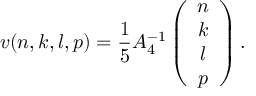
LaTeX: v ( n , k , l , p ) = \frac { 1 } { 5 } A _ { 4 } ^ { - 1 } \left( \begin{array} { c } { { n } } \\ { { k } } \\ { { l } } \\ { { p } } \end{array} \right) .